Annual administration report of the Civil Veterinary Department of India - 1896-1897
Year: 1896
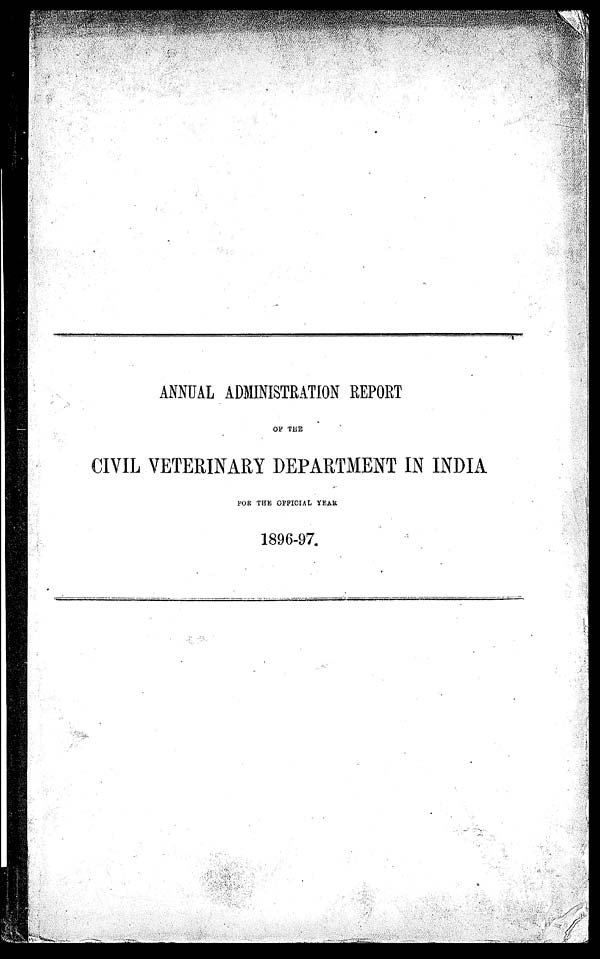
ANNUAL ADMINISTRATION REPORT
OF THE
CIVIL VETERINARY DEPARTMENT IN INDIA
FOR THE OFFICIAL YEAR
1896-97.